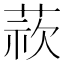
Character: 𮐁